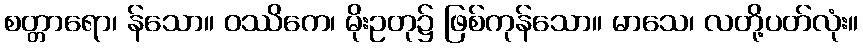
စတ္တာရော၊ န်သော။ ဝဿိကေ၊ မိုးဥတု၌ ဖြစ်ကုန်သော။ မာသေ၊ လတို့ပတ်လုံး။